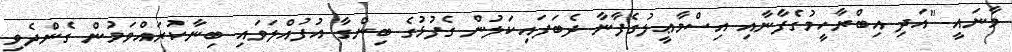
މާނައީ "އަދި އިބްރާހީމުގެފާނާއި އިސްމާޢީލުގެފާނާ ދެބަފައިކަލުން ގެފުޅުގެ ބިންގާ އުފުއްލަވައި ބިނާކުރައްވަމުން ގެންދެވި